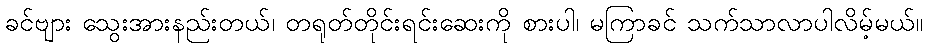
ခင်ဗျား သွေးအားနည်းတယ်၊ တရုတ်တိုင်းရင်းဆေးကို စားပါ၊ မကြာခင် သက်သာလာပါလိမ့်မယ်။